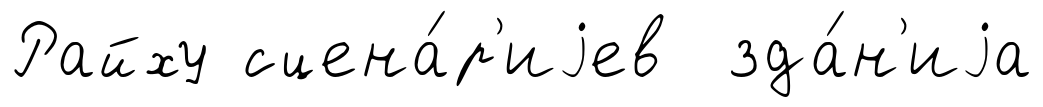
Райху сцена́р'иjев зда́н'иjа